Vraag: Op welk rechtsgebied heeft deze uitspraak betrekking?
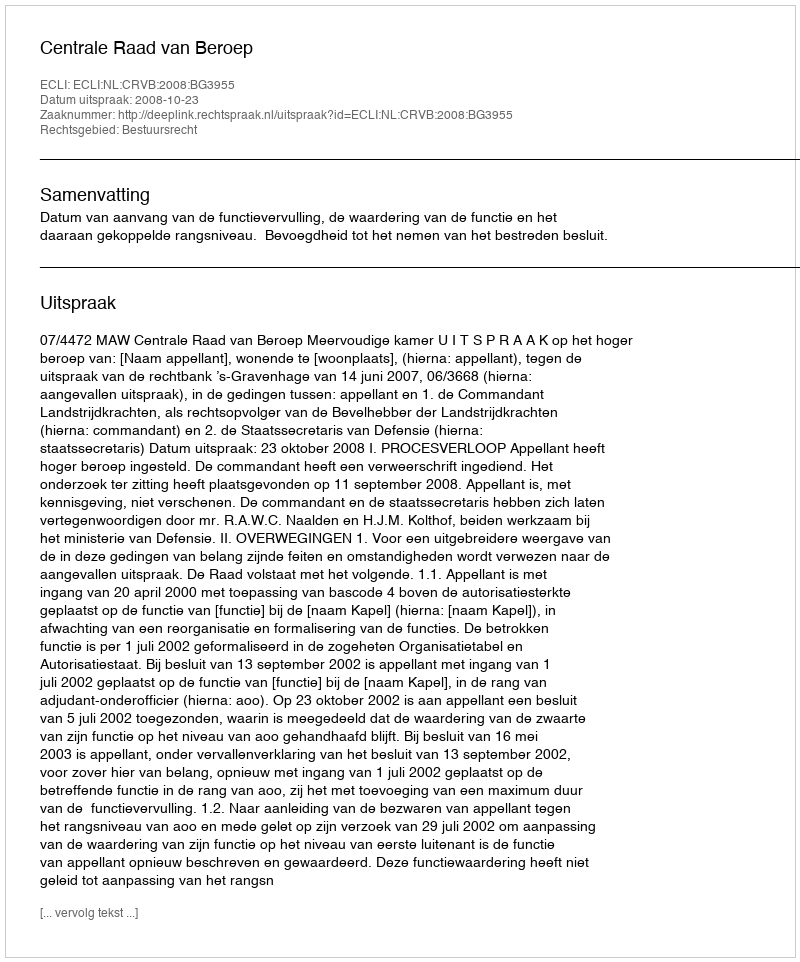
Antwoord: Bestuursrecht